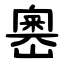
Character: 嶴